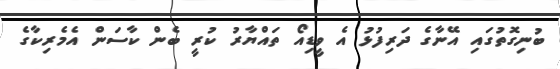
ބުނިގޮތުގައި އޭނާގެ ދަރިފުޅު އެ ވީޑިއޯ ތައްޔާރު ކުރީ ބެން ކާސަން އެމެރިކާގެ